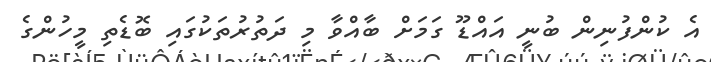
އެ ކުންފުނިން ބުނީ އައްޑޫ ގަމަށް ބާއްވާ މި ދަތުރުތަކުގައި ބޮޑެތި މީހުންގެ